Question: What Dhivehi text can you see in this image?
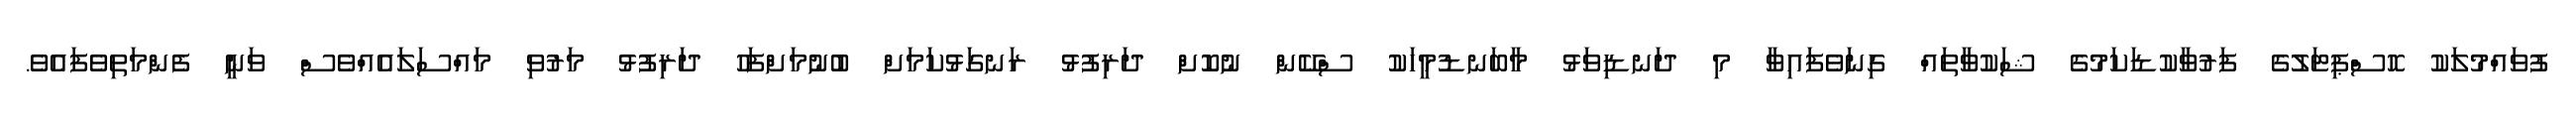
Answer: ފުވައްމުލަކު ހޮސްޕިޓަލުގެ ފަރުވާކުޑަކަމުގެ ޝަކުވާތައް ގިނަވެފައިވާ މި ދަނޑިވަޅު މާބަނޑުމީހަކު ސްކޭން ނުކޮށް ދަރިފުޅު ރަނގަޅުކަމަށް ބުނުމަށްފަހު ދަރިފުޅު މަރުވި މައްސަލައެއްވެސް ވަނީ ފެންމަތިވެފައެވެ.